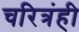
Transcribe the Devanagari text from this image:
चरित्रंही